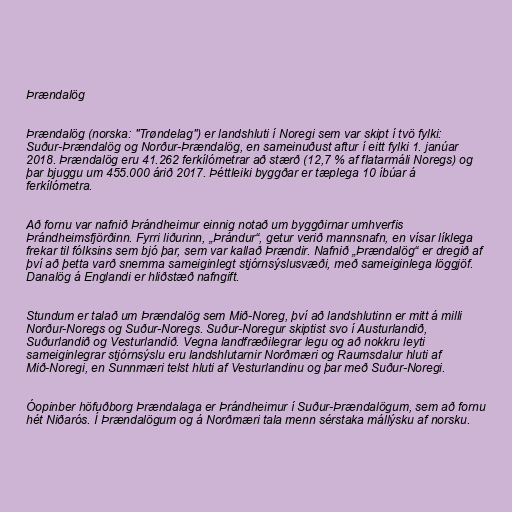
Þrændalög

Þrændalög (norska: "Trøndelag") er landshluti í Noregi sem var skipt í tvö fylki:
Suður-Þrændalög og Norður-Þrændalög, en sameinuðust aftur í eitt fylki 1. janúar
2018. Þrændalög eru 41.262 ferkílómetrar að stærð (12,7 % af flatarmáli Noregs) og
þar bjuggu um 455.000 árið 2017. Þéttleiki byggðar er tæplega 10 íbúar á
ferkílómetra.

Að fornu var nafnið Þrándheimur einnig notað um byggðirnar umhverfis
Þrándheimsfjörðinn. Fyrri liðurinn, „Þrándur“, getur verið mannsnafn, en vísar líklega
frekar til fólksins sem bjó þar, sem var kallað Þrændir. Nafnið „Þrændalög“ er dregið af
því að þetta varð snemma sameiginlegt stjórnsýslusvæði, með sameiginlega löggjöf.
Danalög á Englandi er hliðstæð nafngift.

Stundum er talað um Þrændalög sem Mið-Noreg, því að landshlutinn er mitt á milli
Norður-Noregs og Suður-Noregs. Suður-Noregur skiptist svo í Austurlandið,
Suðurlandið og Vesturlandið. Vegna landfræðilegrar legu og að nokkru leyti
sameiginlegrar stjórnsýslu eru landshlutarnir Norðmæri og Raumsdalur hluti af
Mið-Noregi, en Sunnmæri telst hluti af Vesturlandinu og þar með Suður-Noregi.

Óopinber höfuðborg Þrændalaga er Þrándheimur í Suður-Þrændalögum, sem að fornu
hét Niðarós. Í Þrændalögum og á Norðmæri tala menn sérstaka mállýsku af norsku.